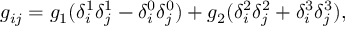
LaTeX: g _ { i j } = g _ { 1 } ( \delta _ { i } ^ { 1 } \delta _ { j } ^ { 1 } - \delta _ { i } ^ { 0 } \delta _ { j } ^ { 0 } ) + g _ { 2 } ( \delta _ { i } ^ { 2 } \delta _ { j } ^ { 2 } + \delta _ { i } ^ { 3 } \delta _ { j } ^ { 3 } ) ,